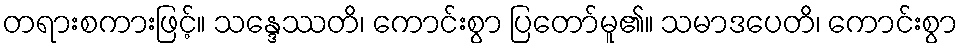
တရားစကားဖြင့်။ သန္ဒေဿတိ၊ ကောင်းစွာ ပြတော်မူ၏။ သမာဒပေတိ၊ ကောင်းစွာ